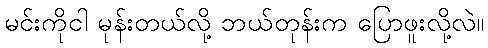
မင်းကိုငါ မုန်းတယ်လို့ ဘယ်တုန်းက ပြောဖူးလို့လဲ။